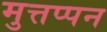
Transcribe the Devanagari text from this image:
मुत्तप्पन